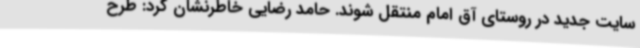
سایت جدید در روستای آق امام منتقل شوند. حامد رضایی خاطرنشان کرد: طرح